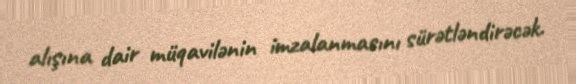
alışına dair müqavilənin imzalanmasını sürətləndirəcək.